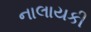
નાલાયકી